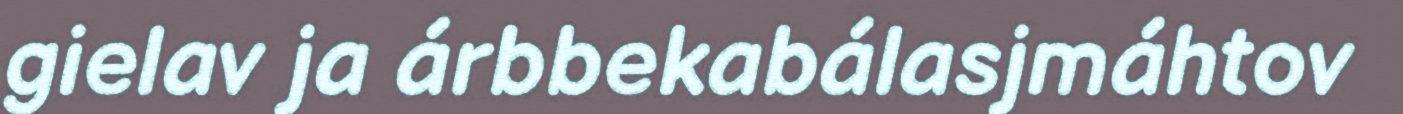
gielav ja árbbekabálasjmáhtov